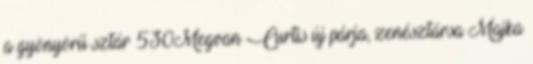
a gyönyörű sztár 530Megvan Curtis új párja, zenésztársa Majka